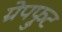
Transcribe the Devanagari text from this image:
ग्रेपफ्रुट